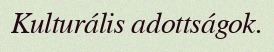
Kulturális adottságok.